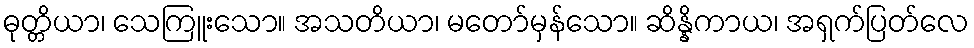
ဓုတ္တိယာ၊ သေကြူးသော။ အသတိယာ၊ မတော်မှန်သော။ ဆိန္နိကာယ၊ အရှက်ပြတ်လေ